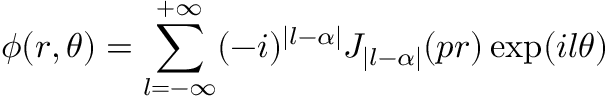
\phi ( r , \theta ) = \sum _ { l = - \infty } ^ { + \infty } ( - i ) ^ { | l - \alpha | } J _ { | l - \alpha | } ( p r ) \exp ( i l \theta )